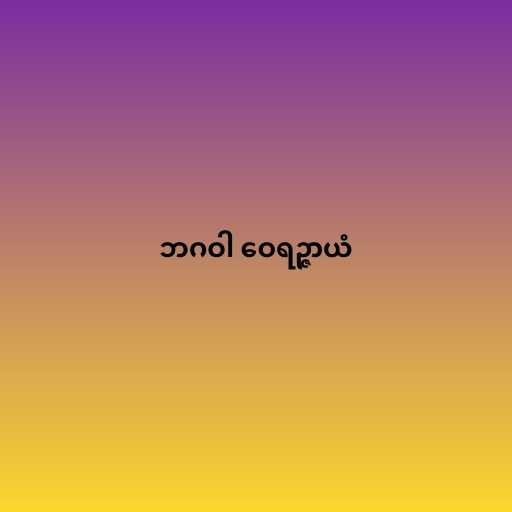
ဘဂဝါ ဝေရဉ္ဇာယံ